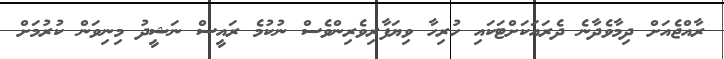
ރާއްޖެއަށް ދިމާވެދާނެ ދެރައަކަށްޓަކައި ހުރިހާ ވިޔަފާރިވެރިންވެސް ނުކުމެ ރައީސް ނަޝީދު މިނިވަން ކުރުމަށް